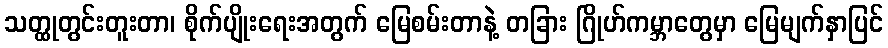
သတ္ထုတွင်းတူးတာ၊ စိုက်ပျိုးရေးအတွက် မြေစမ်းတာနဲ့ တခြား ဂြိုဟ်ကမ္ဘာတွေမှာ မြေမျက်နှာပြင်